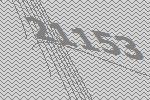
21153